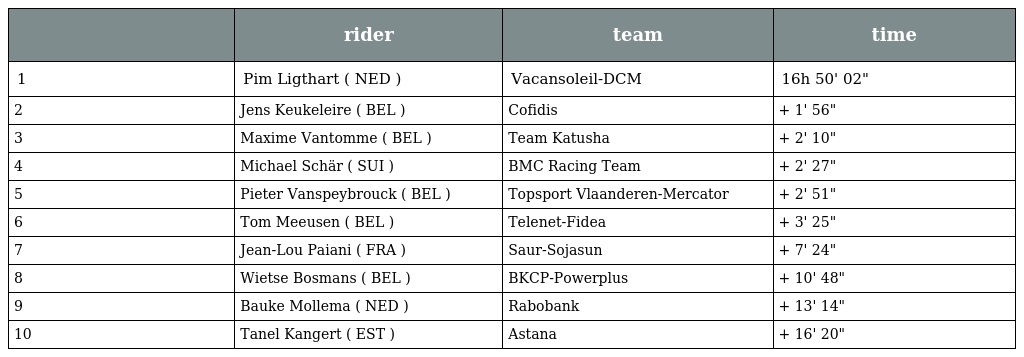
|  | rider | team | time |
 | --- | --- | --- | --- |
 | 1 | Pim Ligthart ( NED ) | Vacansoleil-DCM | 16h 50' 02" |
 | 2 | Jens Keukeleire ( BEL ) | Cofidis | + 1' 56" |
 | 3 | Maxime Vantomme ( BEL ) | Team Katusha | + 2' 10" |
 | 4 | Michael Schär ( SUI ) | BMC Racing Team | + 2' 27" |
 | 5 | Pieter Vanspeybrouck ( BEL ) | Topsport Vlaanderen-Mercator | + 2' 51" |
 | 6 | Tom Meeusen ( BEL ) | Telenet-Fidea | + 3' 25" |
 | 7 | Jean-Lou Paiani ( FRA ) | Saur-Sojasun | + 7' 24" |
 | 8 | Wietse Bosmans ( BEL ) | BKCP-Powerplus | + 10' 48" |
 | 9 | Bauke Mollema ( NED ) | Rabobank | + 13' 14" |
 | 10 | Tanel Kangert ( EST ) | Astana | + 16' 20" |